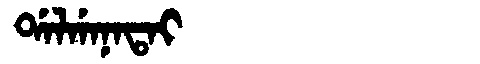
Manchu: ᡩᠠᠯᡤᠠᠨᠠᡨᠠᡳ
Romanization: DALGANATAI